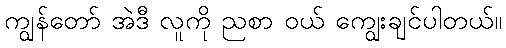
ကျွန်တော် အဲဒီ လူကို ညစာ ဝယ် ကျွေးချင်ပါတယ်။